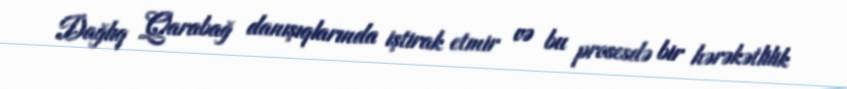
Dağlıq Qarabağ danışıqlarında iştirak etmir və bu prosesdə bir hərəkətlilik